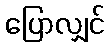
ပြောလျှင်